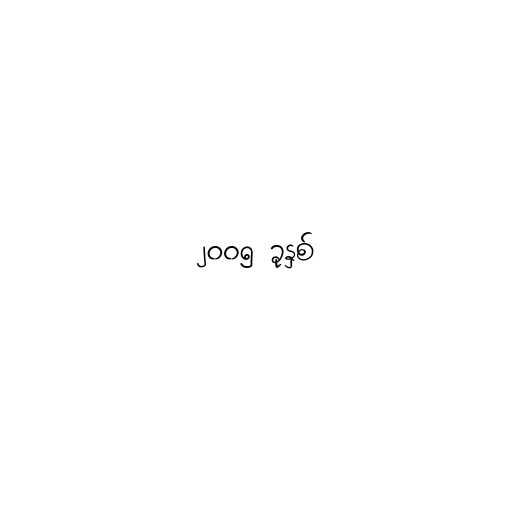
၂၀၀၅ ခုနှစ်